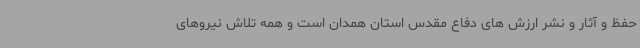
حفظ و آثار و نشر ارزش های دفاع مقدس استان همدان است و همه تلاش نیروهای